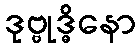
ဒုဗ္ဗုဒ္ဓိနော